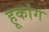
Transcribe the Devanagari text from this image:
हूकांग